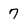
Character: 7